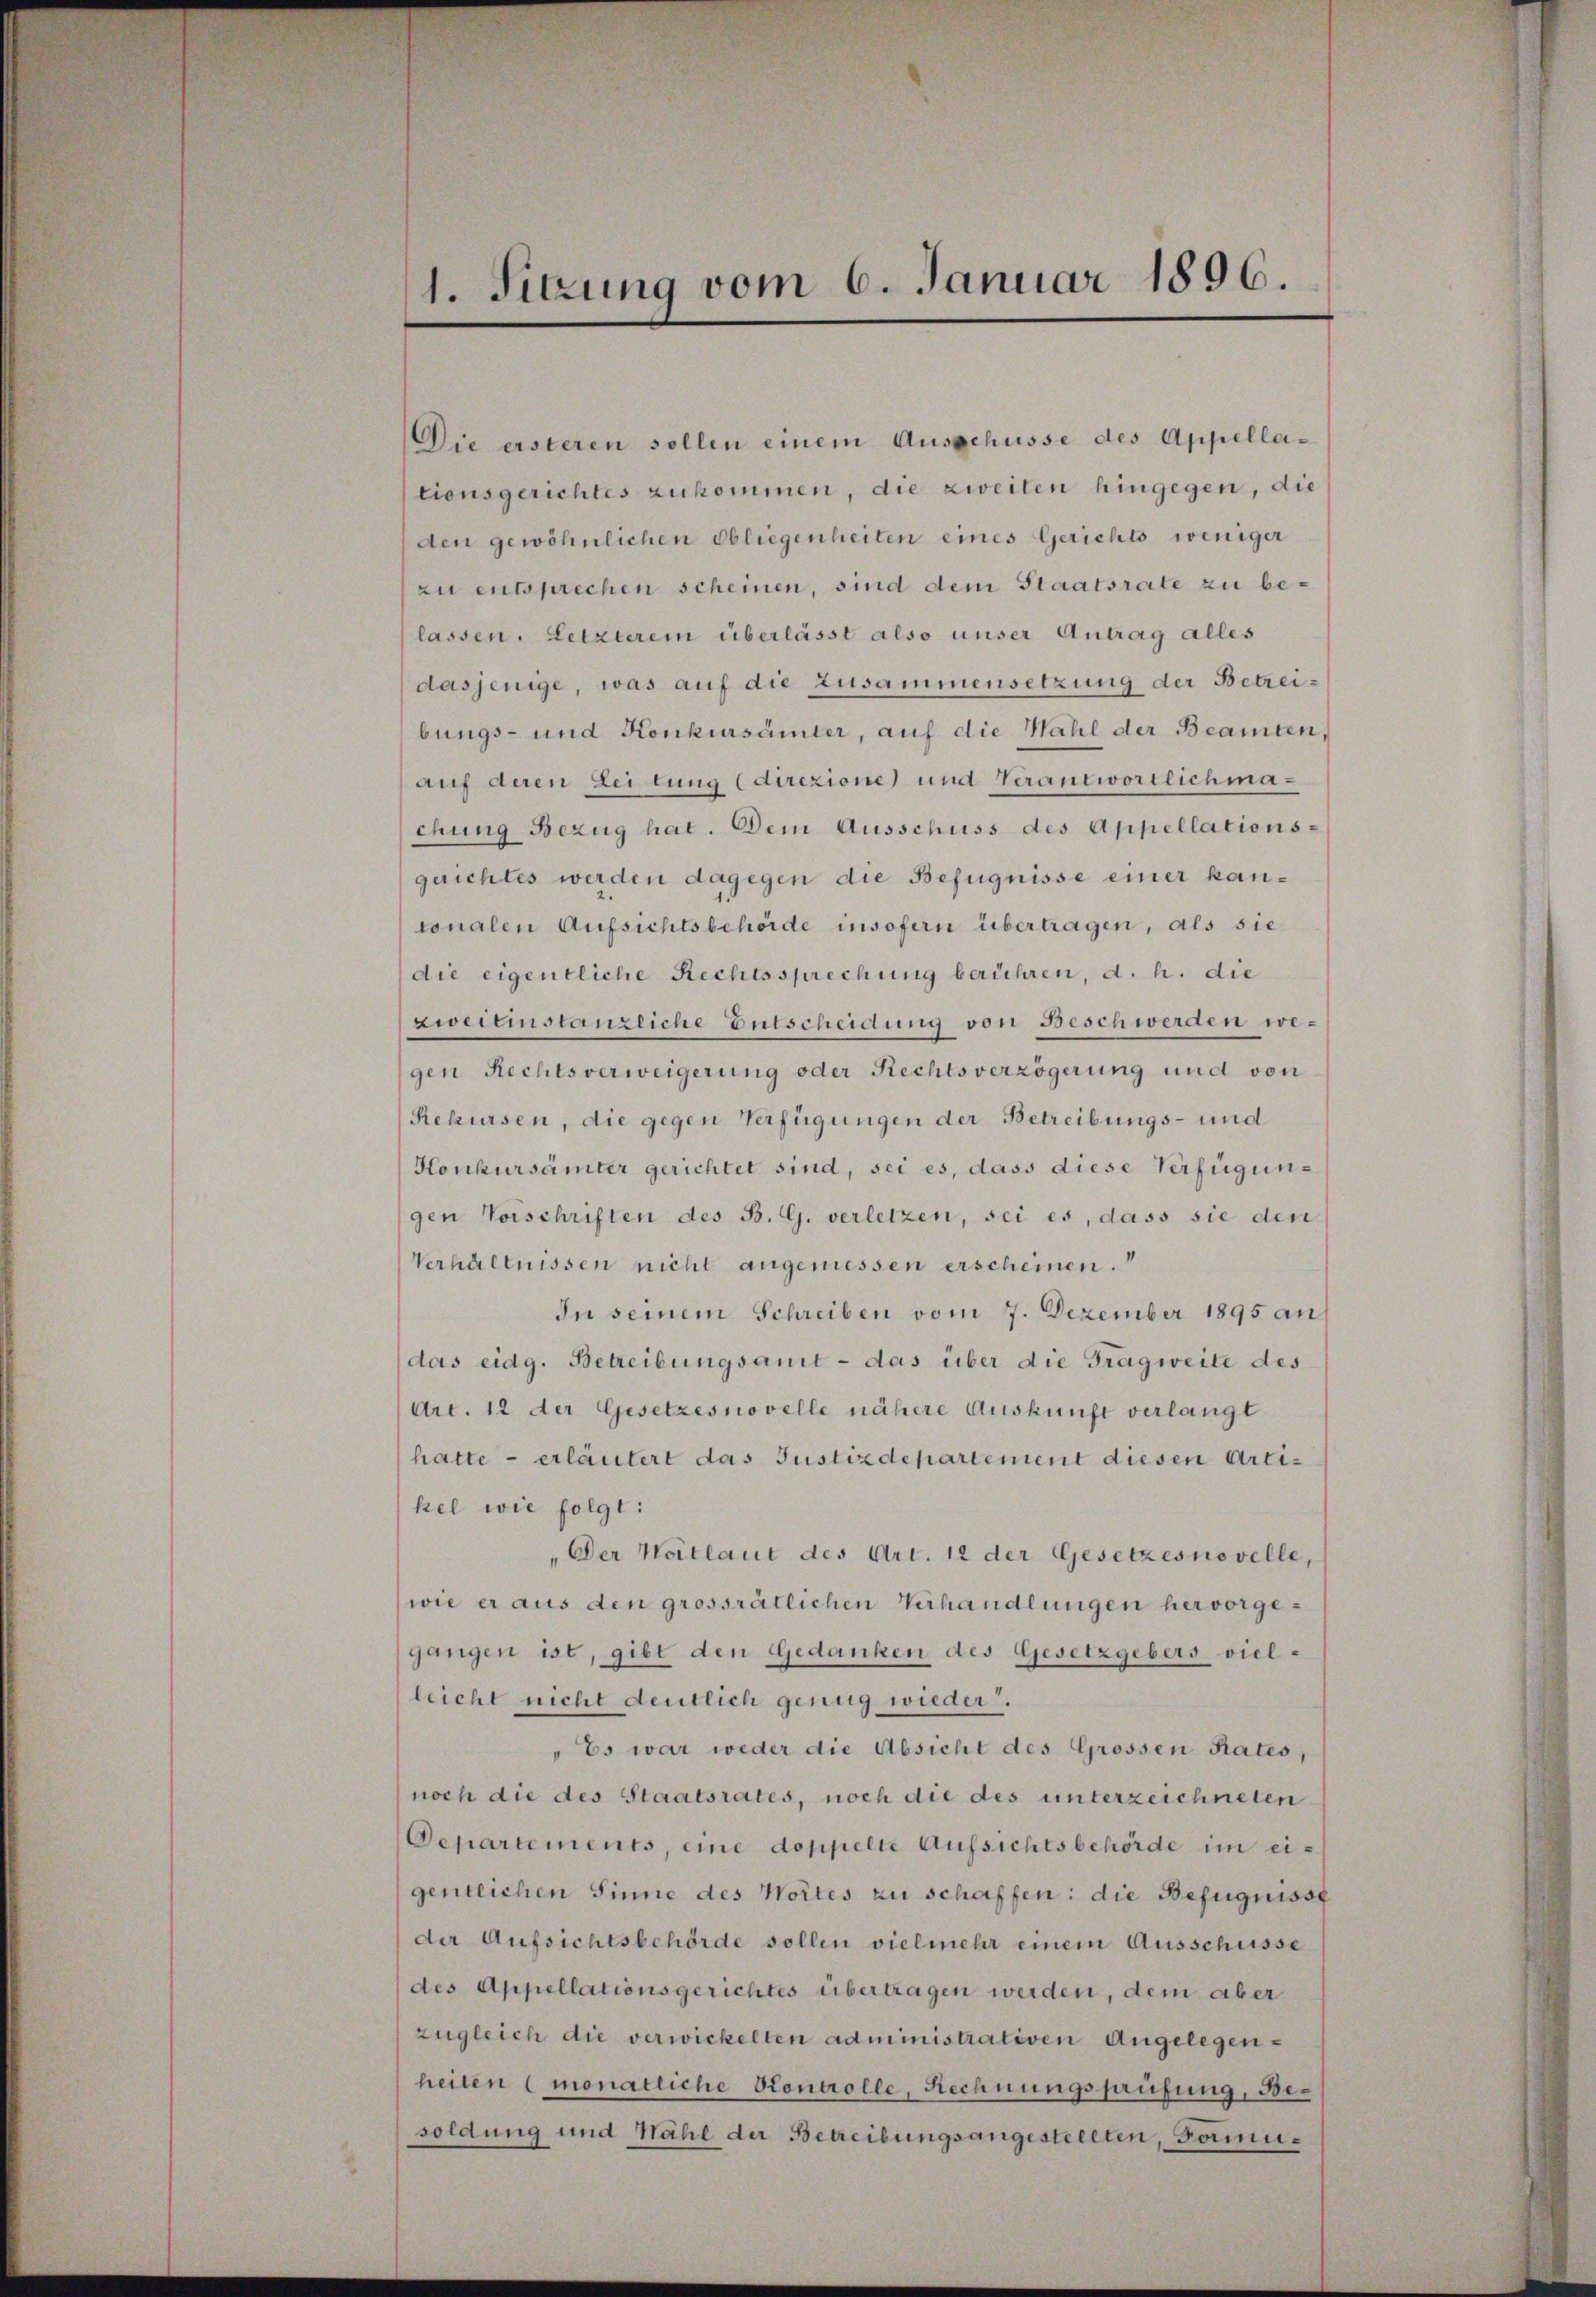
1. Sitzung vom 6. Januar 1896.

Die ersteren sollen einem Ausschüsse des Appellationsgerichtes zukommen, die zweiten hingegen, die
den gewöhnlichen Obliegenheiten eines Gerichts weniger
zu entsprechen scheinen, sind dem Staatsrate zu belassen. Letzterein überlässt also unser Antrag alles
dasjenige, was auf die Zusammensetzung der Betreibungs- und Konkursämter, auf die Mahl der Beamten,
auf deren Leitung direzione und Verantwortlichmachung Bezug hat. Dem Ausschuss des Appellationsguichtes werden dagegen die Befugnisse einer kantonalen Aufsichtsbehörde insofern übertragen, als sie
die eigentliche Rechtssprechung berühren, d. h. die
zweieinstanzeiche Entscheidung von Beschwerden wegen Rechtsverweigerung oder Rechtsverzögerung und von
Rekursen, die gegen Verfügungen der Betreibungs- und
Honkursämter gerichtet sind, sei es, dass diese Verfügungen Vorschriften des B. G. verletzen, sei es, dass sie den
Verhältnissen nicht angemessen erscheinen.
In seinem Schreiben vom 7. Dezember 1895 an
das eidg. Betreibungsamt - das über die Tragweite des
Art. 12 der Gesetzesnovelle nähere Auskunft verlangt
hatte - erläutert das Justizdepartement diesen Artikel wie folgt:
"Der Wortlaut des Art. 12 der Gesetzesnovelle,
wie er aus den grossrätlichen Verhandlungen hervorgegangen ist, gibt den Gedanken des Gesetzgebers vielleicht nicht deutlich genug wieder.
Es war weder die Absicht des Grossen Rates,
noch die des Staatsrates, noch die des unterzeichneten
Departements, eine doppelle Aufsichtsbehörde im eigentlichen Sinne des Wortes zu schaffen: die Befugnisse
der Aufsichtsbehörde sollen vielmehr einem Ausschüsse
des Appellationsgerichtes übertragen werden, dem aber
zugleich die verwickelten administrativen Angelegenheiten (monatliche Kontrolle, Rechnungsprüfung, Besoldung und Nähe der Betreibungsangestellten, Formu¬